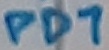
Text: PD7